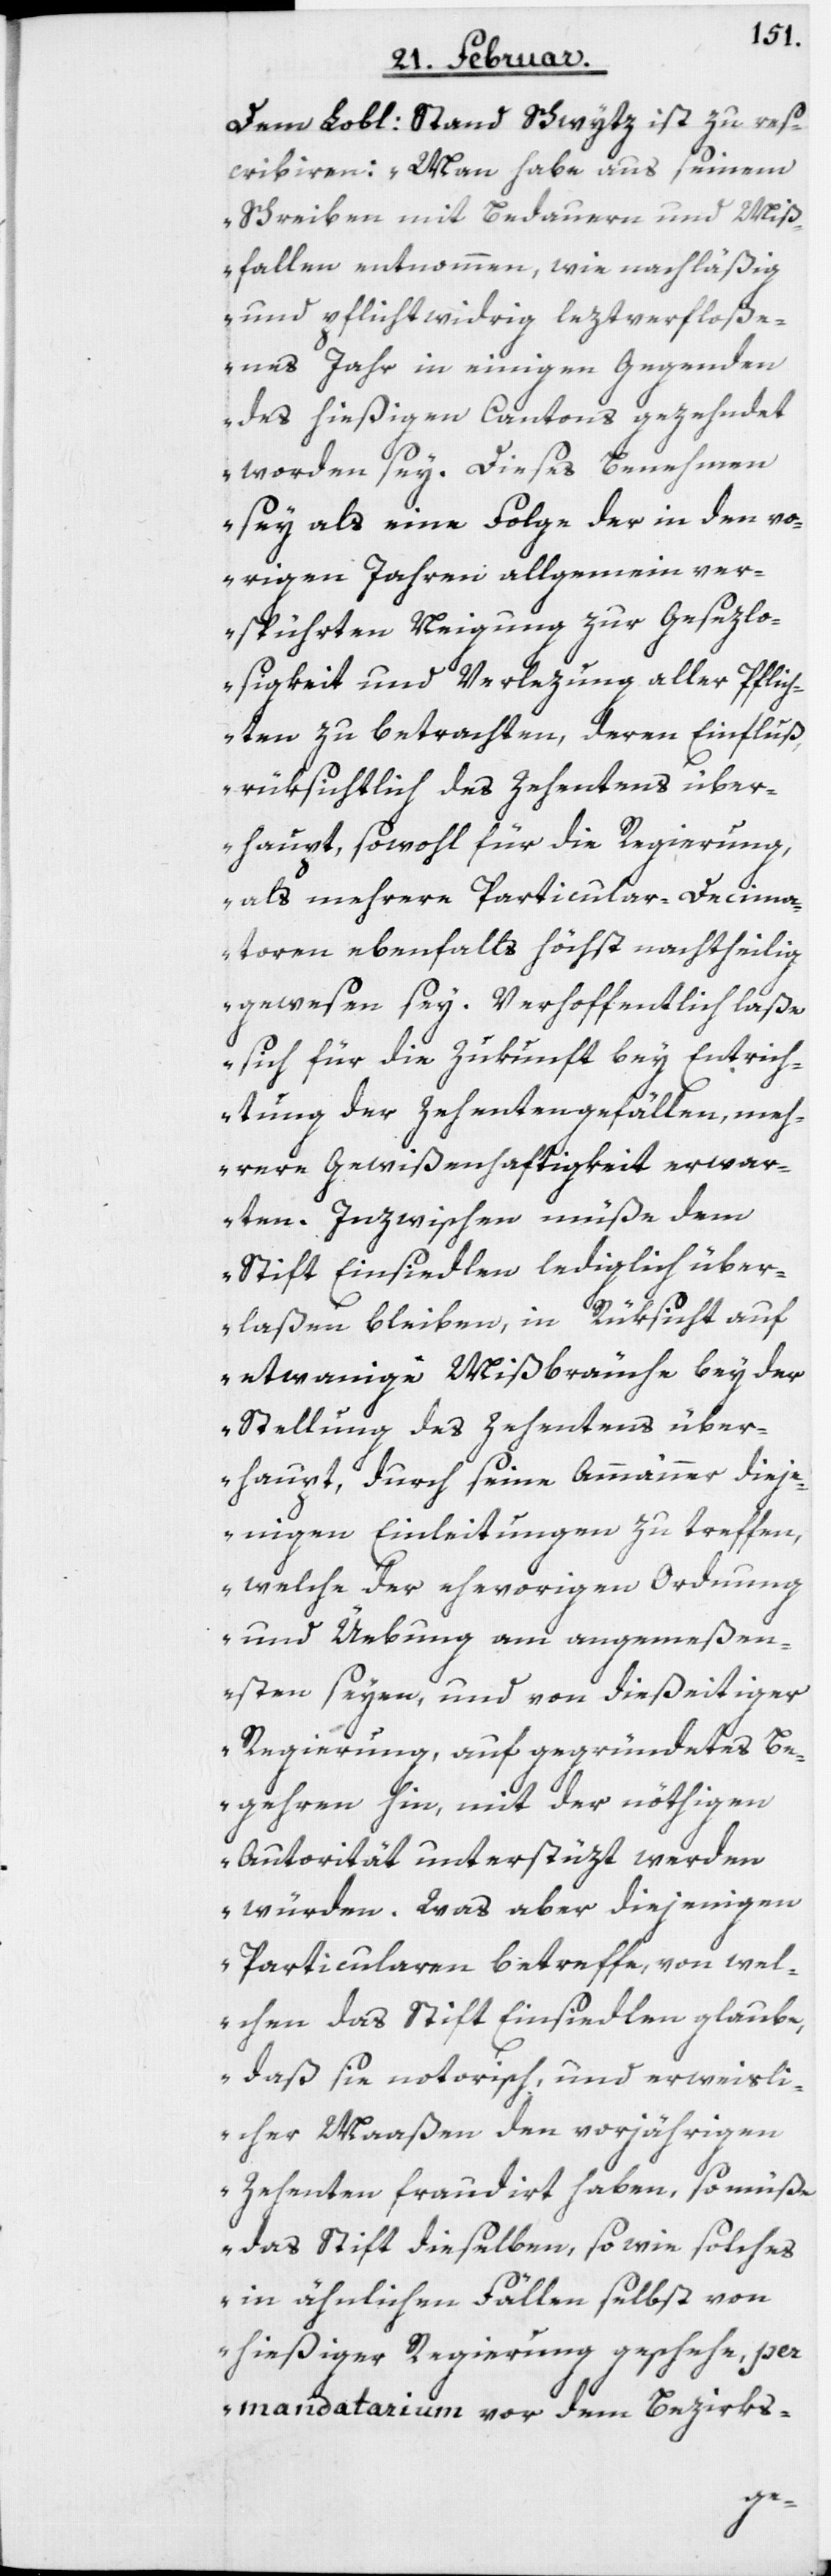
Dem Lobl: Stand Schwytz ist zu res¬
cribiren: „Man habe aus seinem
Schreiben mit Bedauern und Miß¬
fallen entnommen, wie nachläßig
und pflichtwidrig letztverfloße¬
nes Jahr in einigen Gegenden
des hießigen Cantons gezehndet
worden sey. Dieses Benehmen
sey als eine Folge der in den vo¬
rigen Jahren allgemein ver¬
spührten Neigung zur Gesezlo¬
sigkeit und Verlezung aller Pflich¬
ten zu betrachten, deren Einfluß,
rüksichtlich des Zehentens über¬
haupt, sowohl für die Regierung,
als mehrere Particular-Decima¬
toren ebenfalls höchst nachtheilig
gewesen sey. Verhoffentlich laße
sich für die Zukunft bey Entrich¬
tung der Zehentengefällen, meh¬
rere Gewißenhaftigkeit erwar¬
ten. Inzwischen müße dem
Stift Einsiedlen lediglich über¬
laßen bleiben, in Rüksicht auf
etwanige Mißbräuche bey der
Stellung des Zehentens über¬
haupt, durch seine Ammänner dieje¬
nigen Einleitungen zu treffen,
welche der ehevorigen Ordnung
und Uebung am angemeßen¬
sten seyen, und von dießeitiger
Regierung, auf gegründetes Be¬
gehren hin, mit der nöthigen
Autorität unterstüzt werden
würden. Was aber diejenigen
Particularen betreffe, von wel¬
chen das Stift Einsiedlen glaube,
daß sie notorisch, und erweisli¬
cher Maaßen den vorjährigen
Zehenten fraudirt haben, so müße
das Stift dieselben, so wie solches
in ähnlichen Fällen selbst von
hießiger Regierung geschehe, per
mandatarium vor dem Bezirks-